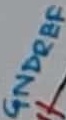
Text: GNDREF